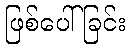
ဖြစ်ပေါ်ခြင်း